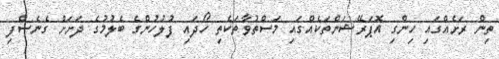
ތިން ރަށެއްގައި ހިންގި އޮޕަރޭޝަންތަކެއްގައި މަސްތުވާތަކެތި ހޯދައި ފުލުހުންގެ ބެލުމުގެ ދަށަށް ގެނެސްފި